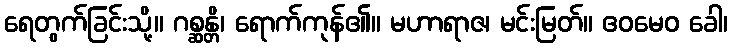
ရေတွက်ခြင်းသို့။ ဂစ္ဆန္တိ၊ ရောက်ကုန်၏။ မဟာရာဇ၊ မင်းမြတ်။ ဧဝမေဝ ခေါ၊